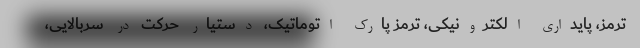
ترمز، پایداری الکترونیکی، ترمز پارک اتوماتیک، دستیار حرکت در سربالایی،